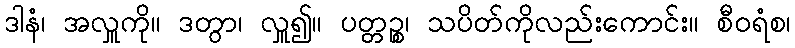
ဒါနံ၊ အလှူကို။ ဒတွာ၊ လှူ၍။ ပတ္တဉ္စ၊ သပိတ်ကိုလည်းကောင်း။ စီဝရံစ၊